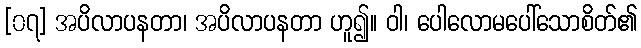
[၀၇] အပိလာပနတာ၊ အပိလာပနတာ ဟူ၍။ ဝါ၊ ပေါလောမပေါ်သောစိတ်၏